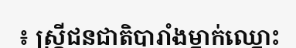
៖ ស្ត្រីជនជាតិបារាំងម្នាក់ឈ្នោះ